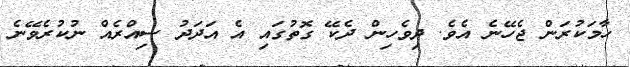
ހާމަކުރަން ޖެހޭނެ އެވެ. ދިވެހިން ދެކޭ ގޮތުގައި އެ އަދަދު ސިއްރެއް ނުކުރެވޭނެ